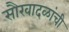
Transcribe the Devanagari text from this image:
सौरवादळांची